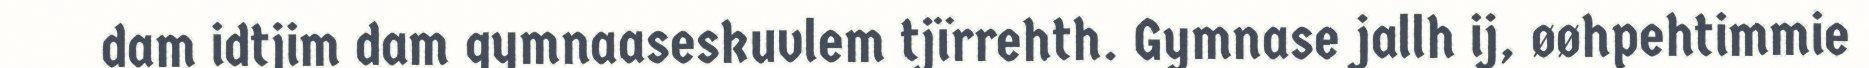
dam idtjim dam gymnaaseskuvlem tjïrrehth. Gymnase jallh ij, øøhpehtimmie